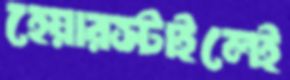
হেয়ারস্টাইলেই